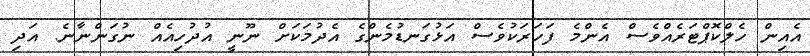
އެއިން ހެލްކޮޕްޓަރެއްވެސް އެންމެ ފަހަރަކުވެސް އަޅުގަނޑުމެންގެ އެދުމަކަށް ނޫނީ އުދުހިއެއް ނުގަންނާނެ. އަދި